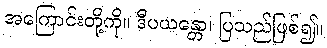
အကြောင်းတို့ကို။ ဒီပယန္တော၊ ပြသည်ဖြစ်၍။